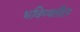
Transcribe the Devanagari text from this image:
भविष्यतील